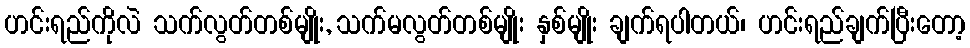
ဟင်းရည်ကိုလဲ သက်လွတ်တစ်မျိုး, သက်မလွတ်တစ်မျိုး နှစ်မျိုး ချက်ရပါတယ်၊ ဟင်းရည်ချက်ပြီးတော့